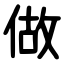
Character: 做